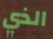
الذي